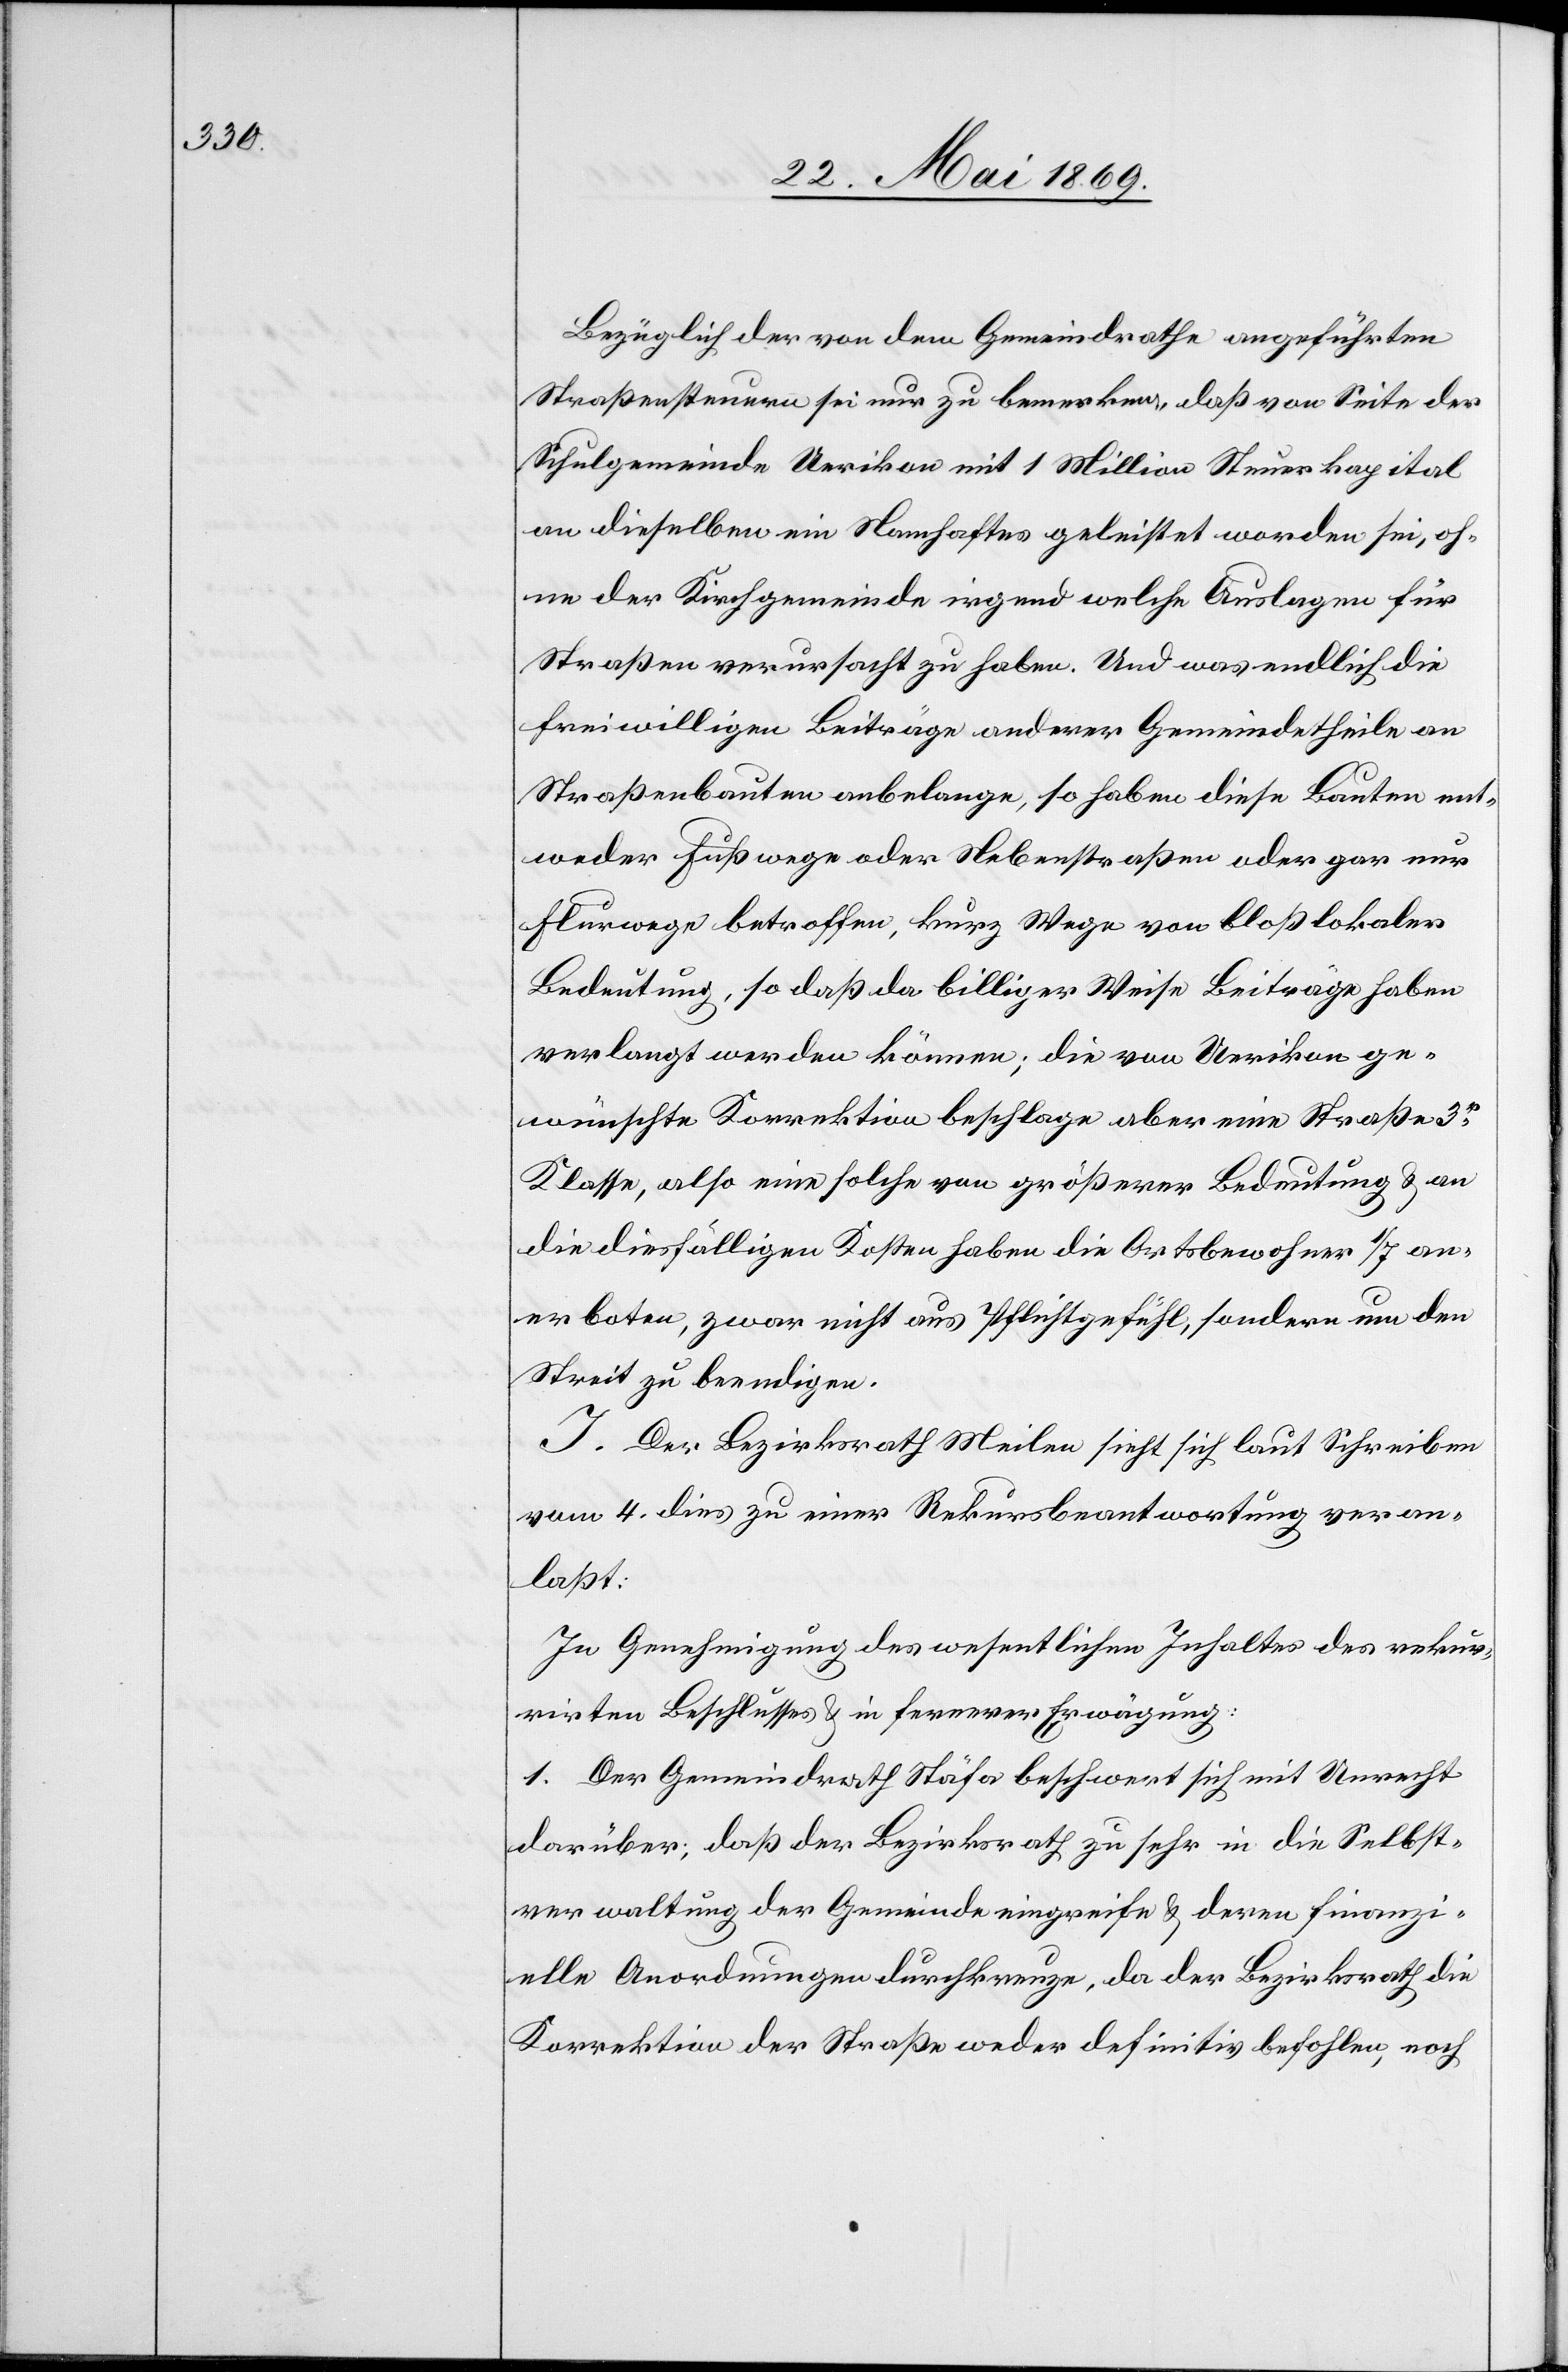
Bezüglich der von dem Gemeindrathe angeführten
Straßensteuern sei nur zu bemerken, daß von Seite der
Schulgemeinde Uerikon mit 1 Million Steuerkapital
an dieselben ein Namhaftes geleistet worden sei, oh¬
ne der Kirchgemeinde irgend welche Auslagen für
Straßen verursacht zu haben. Und was endlich die
freiwilligen Beiträge anderer Gemeindetheile an
Straßenbauten anbelange, so haben diese Bauten ent¬
weder Fußwege oder Nebenstraßen oder gar nur
Flurwege betroffen, kurz Wege von bloß lokaler
Bedeutung, so daß da billiger Weise Beiträge haben
verlangt werden können; die von Uerikon ge¬
wünschte Korrektion beschlage aber eine Straße 3r
Klasse also eine solche von größerer Bedeutung u. an
die diesfälligen Kosten haben die Ortsbewohner 1/7 an¬
erboten, zwar nicht aus Pflichtgefühl, sondern um den
Streit zu beendigen.
J. Der Bezirksrath Meilen sieht sich laut Schreiben
vom 4. dies zu einer Rekursbeantwortung veran¬
laßt:
In Genehmigung des wesentlichen Inhalts des rekur¬
rirten Beschlusses u. in fernerer Erwägung:
1. Der Gemeindrath Stäfa beschwert sich mit Unrecht
darüber; daß der Bezirksrath zu sehr in die Selbst¬
verwaltung der Gemeinde eingreife u. deren finanzi¬
elle Anordnungen durchkreuze, da der Bezirksrath die
Korrektion der Straße weder definitiv befohlen, noch